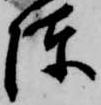
陳